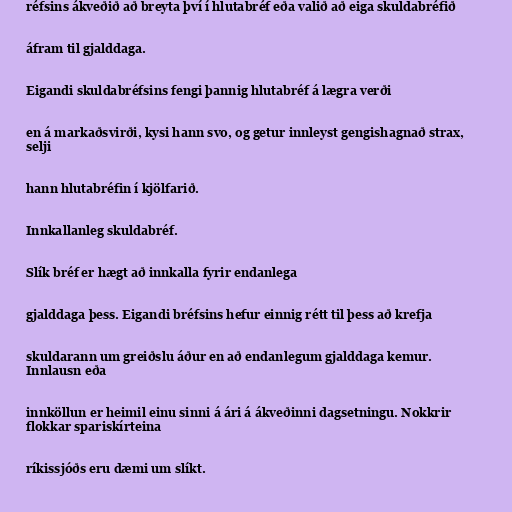
réfsins ákveðið að breyta því í hlutabréf eða valið að eiga skuldabréfið

áfram til gjalddaga.

Eigandi skuldabréfsins fengi þannig hlutabréf á lægra verði

en á markaðsvirði, kysi hann svo, og getur innleyst gengishagnað strax,
selji

hann hlutabréfin í kjölfarið.

Innkallanleg skuldabréf.

Slík bréf er hægt að innkalla fyrir endanlega

gjalddaga þess. Eigandi bréfsins hefur einnig rétt til þess að krefja

skuldarann um greiðslu áður en að endanlegum gjalddaga kemur.
Innlausn eða

innköllun er heimil einu sinni á ári á ákveðinni dagsetningu. Nokkrir
flokkar spariskírteina

ríkissjóðs eru dæmi um slíkt.